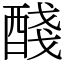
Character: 醆